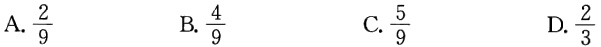
A. $\frac{2}{9}$  B. $\frac{4}{9}$  C. $\frac{5}{9}$  D. $\frac{2}{3}$